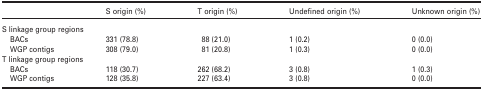
<table><thead><tr><td></td><td><b>S origin (%)</b></td><td><b>T origin (%)</b></td><td><b>Undefined origin (%)</b></td><td><b>Unknown origin (%)</b></td></tr></thead><tbody><tr><td colspan="5">S linkage group regions</td></tr><tr><td> BACs</td><td>331 (78.8)</td><td>88 (21.0)</td><td>1 (0.2)</td><td>0 (0.0)</td></tr><tr><td> WGP contigs</td><td>308 (79.0)</td><td>81 (20.8)</td><td>1 (0.3)</td><td>0 (0.0)</td></tr><tr><td colspan="5">T linkage group regions</td></tr><tr><td> BACs</td><td>118 (30.7)</td><td>262 (68.2)</td><td>3 (0.8)</td><td>1 (0.3)</td></tr><tr><td> WGP contigs</td><td>128 (35.8)</td><td>227 (63.4)</td><td>3 (0.8)</td><td>0 (0.0)</td></tr></tbody></table>